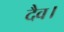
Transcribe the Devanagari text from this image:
दैव।